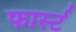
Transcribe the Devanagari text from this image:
फार्स्ट